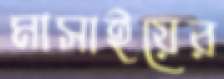
মাসাইয়ের